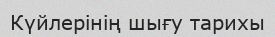
Күйлерінің шығу тарихы